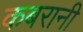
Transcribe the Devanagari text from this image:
कबरानी